Indian journal of veterinary science and animal husbandry - Volumes 24-25, 1954-1955
Year: 1954
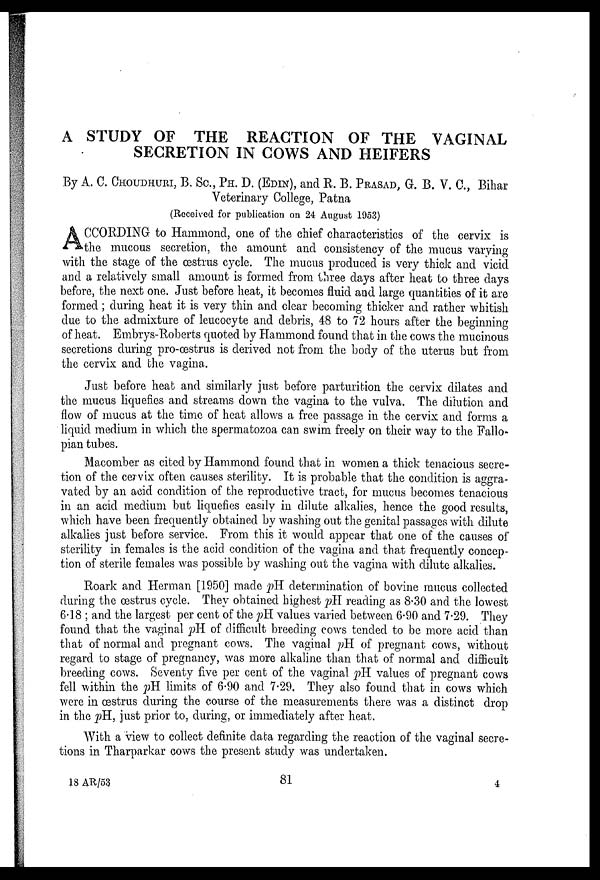
A STUDY OF THE REACTION OF THE VAGINAL
SECRETION IN COWS AND HEIFERS
By A. C. CHOUDHURI, B, Sc., PH. D. (EDIN), and R. B. PRASAD, G. B. V. C., Bihar
Veterinary College, Patna
(Received for publication on 24 August 1953)
A CCORDING to Hammond, one of the chief characteristics of the cervix is
the mucous secretion, the amount and consistency of the mucus varying
with the stage of the œstrus cycle. The mucus produced is very thick and vicid
and a relatively small amount is formed from three days after heat to three days
before, the next one. Just before heat, it becomes fluid and large quantities of it are
formed ; during heat it is very thin and clear becoming thicker and rather whitish
due to the admixture of leucocyte and debris, 48 to 72 hours after the beginning
of heat. Embrys-Roberts quoted by Hammond found that in the cows the mucinous
secretions during pro-œstrus is derived not from the body of the uterus but from
the cervix and the vagina.
Just before heat and similarly just before parturition the cervix dilates and
the mucus liquefies and streams down the vagina to the vulva. The dilution and
flow of mucus at the time of heat allows a free passage in the cervix and forms a
liquid medium in which the spermatozoa can swim freely on their way to the Fallo-
pian tubes.
Macomber as cited by Hammond found that in women a thick tenacious secre-
tion of the cervix often causes sterility. It is probable that the condition is aggra-
vated by an acid condition of the reproductive tract, for mucus becomes tenacious
in an acid medium but liquefies easily in dilute alkalies, hence the good results,
which have been frequently obtained by washing out the genital passages with dilute
alkalies just before service. From this it would appear that one of the causes of
sterility in females is the acid condition of the vagina and that frequently concep-
tion of sterile females was possible by washing out the vagina with dilute alkalies.
Roark and Herman [1950] made pH determination of bovine mucus collected
during the œstrus cycle. They obtained highest pH reading as 8.30 and the lowest
6.18 ; and the largest per cent of the pH values varied between 6.90 and 7.29. They
found that the vaginal pH of difficult breeding cows tended to be more acid than
that of normal and pregnant cows. The vaginal pH of pregnant cows, without
regard to stage of pregnancy, was more alkaline than that of normal and difficult
breeding cows. Seventy five per cent of the vaginal pH values of pregnant cows
fell within the pH limits of 6.90 and 7.29. They also found that in cows which
were in œstrus during the course of the measurements there was a distinct drop
in the pH, just prior to, during, or immediately after heat.
With a view to collect definite data regarding the reaction of the vaginal secre-
tions in Tharparkar cows the present study was undertaken.
18 AR/53
81
4